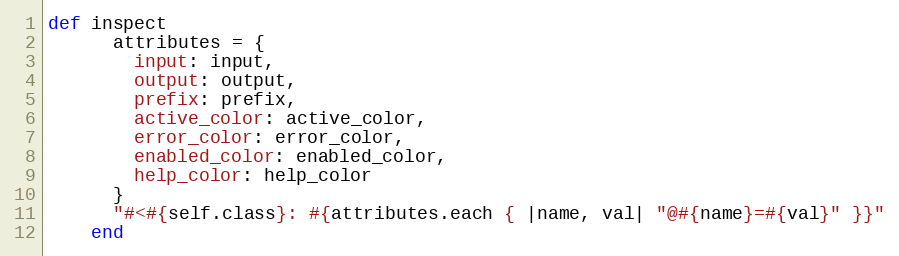
Language: Ruby
def inspect
      attributes = {
        input: input,
        output: output,
        prefix: prefix,
        active_color: active_color,
        error_color: error_color,
        enabled_color: enabled_color,
        help_color: help_color
      }
      "#<#{self.class}: #{attributes.each { |name, val| "@#{name}=#{val}" }}"
    end